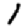
Digit: 1